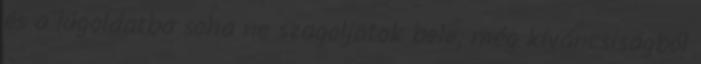
és a lúgoldatba soha ne szagoljatok bele, még kíváncsiságból